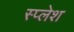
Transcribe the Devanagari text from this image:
स्प्लेश